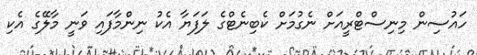
ހައުސިން މިނިސްޓްރީއަށް ނެގުމަށް ކެބިނެޓްގެ ލަފަޔާ އެކު ނިންމާފައި ވަނީ މާލޭގެ އެކި